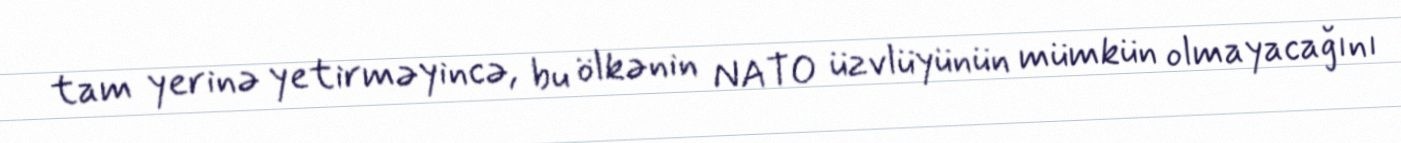
tam yerinə yetirməyincə, bu ölkənin NATO üzvlüyünün mümkün olmayacağını